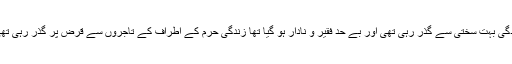
زندگی بہت سختی سے گذر رہی تھی اور بے حد فقیر و نادار ہو گیا تھا زندگی حرم کے اطراف کے تاجروں سے قرض پر گذر رہی تھی ۔